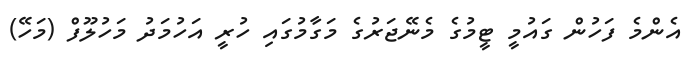
އެންމެ ފަހުން ގައުމީ ޓީމުގެ މެނޭޖަރުގެ މަގާމުގައި ހުރީ އަހުމަދު މަހުލޫފް (މަހޭ)